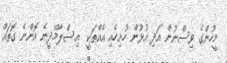
މީހުންގެ ވިސްނުން އަދި އުޅުން ހުށިހެއި އެއްތަކީ  އިސްލާމްދީނެ އޮންނެ ގޮތައް